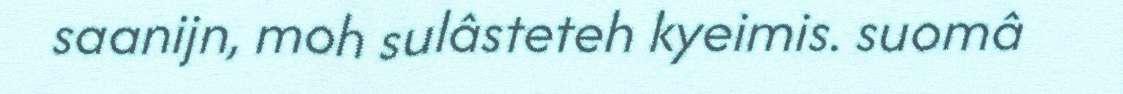
saanijn, moh sulâsteteh kyeimis. suomâ